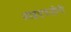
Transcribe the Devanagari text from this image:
आइएफजीपी